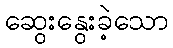
ဆွေးနွေးခဲ့သော